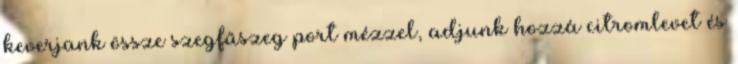
keverjünk össze szegfűszeg port mézzel, adjunk hozzá citromlevet és